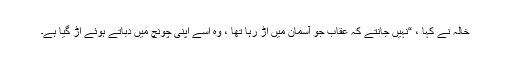
خالہ نے کہا ، “نہیں جانتے کہ عقاب جو آسمان میں اڑ رہا تھا ، وہ اسے اپنی چونچ میں دباتے ہوئے اڑ گیا ہے۔